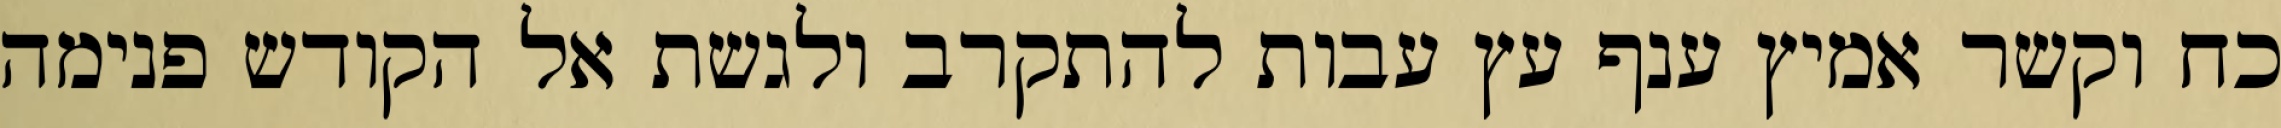
כח וקשר אמיץ ענף עץ עבות להתקרב ולגשת אל הקודש פנימה